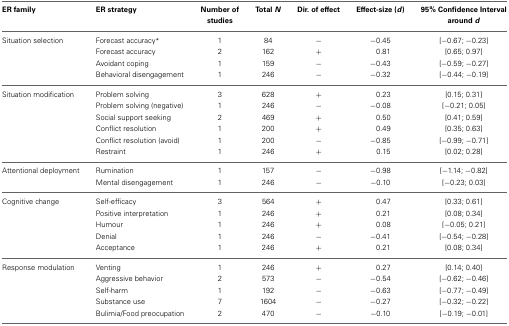
| ER family | ER strategy | Number of studies | Total N | Dir. of effect | Effect-size (d) | 95% Confidence Interval around d |
 | --- | --- | --- | --- | --- | --- | --- |
 | Situation selection | Forecast accuracy* | 1 | 84 | − | −0.45 | [−0.67; −0.23] |
 |  | Forecast accuracy | 2 | 162 | + | 0.81 | [0.65; 0.97] |
 |  | Avoidant coping | 1 | 159 | − | −0.43 | [−0.59; −0.27] |
 |  | Behavioral disengagement | 1 | 246 | − | −0.32 | [−0.44; −0.19] |
 | Situation modification | Problem solving | 3 | 628 | + | 0.23 | [0.15; 0.31] |
 |  | Problem solving (negative) | 1 | 246 | − | −0.08 | [−0.21; 0.05] |
 |  | Social support seeking | 2 | 469 | + | 0.50 | [0.41; 0.59] |
 |  | Conflict resolution | 1 | 200 | + | 0.49 | [0.35; 0.63] |
 |  | Conflict resolution (avoid) | 1 | 200 | − | −0.85 | [−0.99; −0.71] |
 |  | Restraint | 1 | 246 | + | 0.15 | [0.02; 0.28] |
 | Attentional deployment | Rumination | 1 | 157 | − | −0.98 | [−1.14; −0.82] |
 |  | Mental disengagement | 1 | 246 | − | −0.10 | [−0.23; 0.03] |
 | Cognitive change | Self-efficacy | 3 | 564 | + | 0.47 | [0.33; 0.61] |
 |  | Positive interpretation | 1 | 246 | + | 0.21 | [0.08; 0.34] |
 |  | Humour | 1 | 246 | + | 0.08 | [−0.05; 0.21] |
 |  | Denial | 1 | 246 | − | −0.41 | [−0.54; −0.28] |
 |  | Acceptance | 1 | 246 | + | 0.21 | [0.08; 0.34] |
 | Response modulation | Venting | 1 | 246 | + | 0.27 | [0.14; 0.40] |
 |  | Aggressive behavior | 2 | 573 | − | −0.54 | [−0.62; −0.46] |
 |  | Self-harm | 1 | 192 | − | −0.63 | [−0.77; −0.49] |
 |  | Substance use | 7 | 1604 | − | −0.27 | [−0.32; −0.22] |
 |  | Bulimia/Food preocupation | 2 | 470 | − | −0.10 | [−0.19; −0.01] |